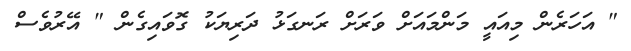
" އަހަރެން މިއައީ މަންމައަށް ވަރަށް ރަނގަޅު ދަރިޔަކު ގޮވައިގެން " އޭރުވެސް